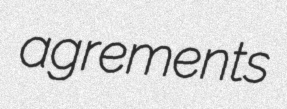
agrements